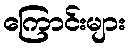
ကြောင်းများ